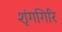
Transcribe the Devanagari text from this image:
शृंगगिरि